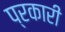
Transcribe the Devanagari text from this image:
प्रकारी